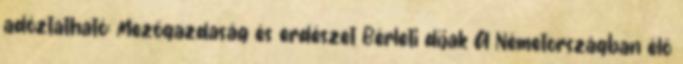
adóztatható: Mezőgazdaság és erdészet Bérleti díjak A Németországban élő